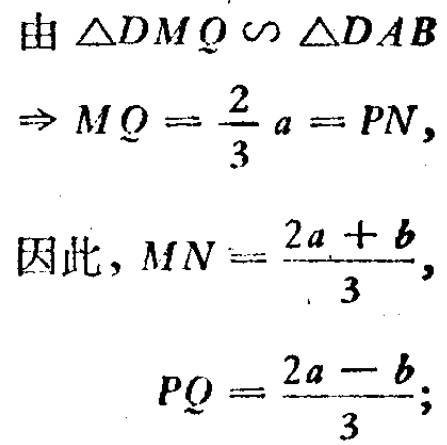
由 $\triangle DMQ \sim \triangle DAB$
$\Rightarrow MQ = \frac{2}{3}a = PN,$
因此，$MN = \frac{2a + b}{3},$
$PQ = \frac{2a - b}{3};$